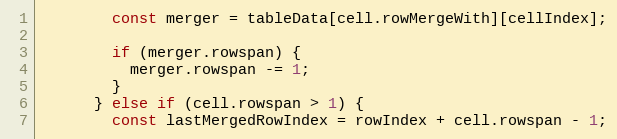
Language: JavaScript
        const merger = tableData[cell.rowMergeWith][cellIndex];

        if (merger.rowspan) {
          merger.rowspan -= 1;
        }
      } else if (cell.rowspan > 1) {
        const lastMergedRowIndex = rowIndex + cell.rowspan - 1;